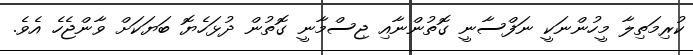
ކުރިމަތިލާ މީހުންނަކީ ނަފްސާނީ ގޮތުންނާއި ޖިސްމާނީ ގޮތުން ދުޅަހެޔޮ ބަޔަކަށް ވާންޖެހެ އެވެ.